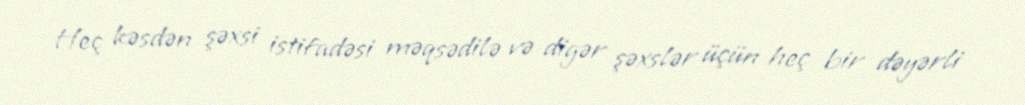
Heç kəsdən şəxsi istifadəsi məqsədilə və digər şəxslər üçün heç bir dəyərli